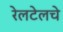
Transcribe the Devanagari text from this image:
रेलटेलचे